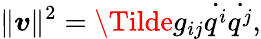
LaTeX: \lVert\boldsymbol v\rVert^{2}=\Tilde{g}_{ij}\dot{q^{i}}\dot{q^{j}},